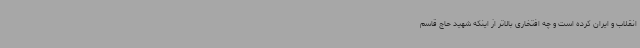
انقلاب و ایران کرده است و چه افتخاری بالاتر از اینکه شهید حاج قاسم